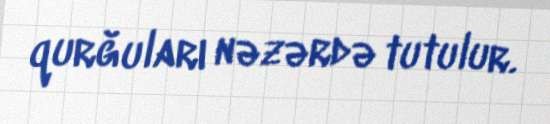
qurğuları nəzərdə tutulur.